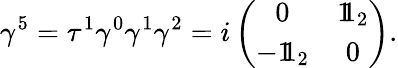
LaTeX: \gamma^{5}=\tau^{1}\gamma^{0}\gamma^{1}\gamma^{2}=i\left(\begin{array}{cc}{{0}}&{{1\! \! 1_{2}}}\\ {{-1\! \! 1_{2}}}&{{0}}\end{array}\right).